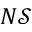
N \mathcal { S }